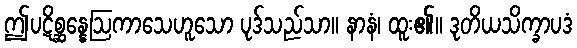
ဤပဋိစ္ဆန္နေဩကာသေဟူသော ပုဒ်သည်သာ။ နာနံ၊ ထူး၏။ ဒုတိယသိက္ခာပဒံ